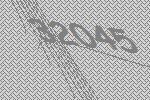
32045